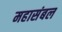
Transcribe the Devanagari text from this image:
महासंबल